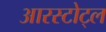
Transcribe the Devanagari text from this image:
आरस्टोट्ल